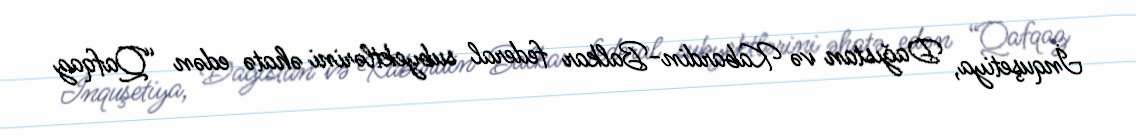
İnquşetiya, Dağıstan və Kabardin-Balkar federal subyektlərini əhatə edən “Qafqaz